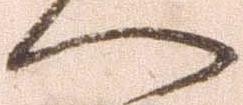
へ